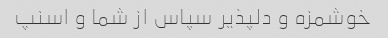
خوشمزه و دلپذیر سپاس از شما و اسنپ